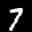
Label: 7